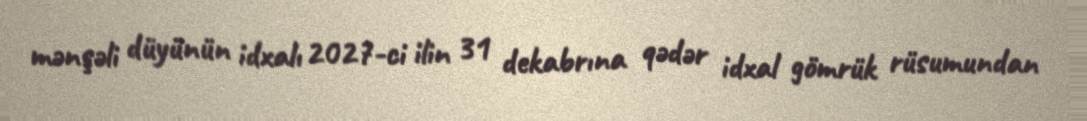
mənşəli düyünün idxalı 2027-ci ilin 31 dekabrına qədər idxal gömrük rüsumundan